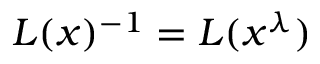
L ( x ) ^ { - 1 } = L ( x ^ { \lambda } )